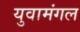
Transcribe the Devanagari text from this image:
युवामंगल